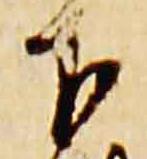
下